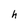
Character: h